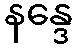
နန္ဒေ